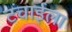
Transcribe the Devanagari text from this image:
टंचाईला